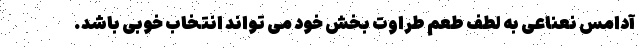
آدامس نعناعی به لطف طعم طراوت بخش خود می تواند انتخاب خوبی باشد.